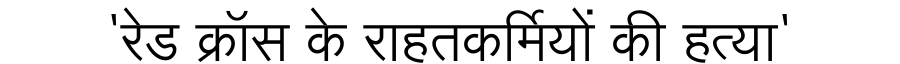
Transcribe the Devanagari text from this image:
'रेड क्रॉस के राहतकर्मियों की हत्या'